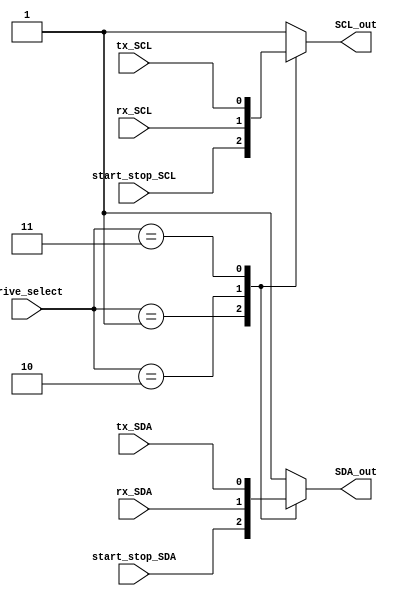
module output_mux (
	drive_select,
	tx_SDA,
	tx_SCL,
	rx_SDA,
	rx_SCL,
	start_stop_SDA,
	start_stop_SCL,
	SDA_out,
	SCL_out
);
	input wire [1:0] drive_select;
	input wire tx_SDA;
	input wire tx_SCL;
	input wire rx_SDA;
	input wire rx_SCL;
	input wire start_stop_SDA;
	input wire start_stop_SCL;
	output reg SDA_out;
	output reg SCL_out;
	localparam [1:0] DS_RECEIVE = 2;
	localparam [1:0] DS_START_STOP = 1;
	localparam [1:0] DS_TRANSMIT = 3;
	always @(*)
		case (drive_select)
			DS_START_STOP: begin
				SDA_out = start_stop_SDA;
				SCL_out = start_stop_SCL;
			end
			DS_RECEIVE: begin
				SDA_out = rx_SDA;
				SCL_out = rx_SCL;
			end
			DS_TRANSMIT: begin
				SDA_out = tx_SDA;
				SCL_out = tx_SCL;
			end
			default: begin
				SDA_out = 1;
				SCL_out = 1;
			end
		endcase
endmodule